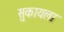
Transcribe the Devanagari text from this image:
सुकायला